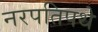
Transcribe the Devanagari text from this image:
नरपतिपथे